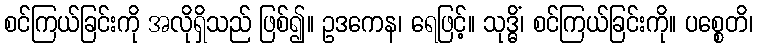
စင်ကြယ်ခြင်းကို အလိုရှိသည် ဖြစ်၍။ ဥဒကေန၊ ရေဖြင့်။ သုဒ္ဓိံ၊ စင်ကြယ်ခြင်းကို။ ပစ္စေတိ၊